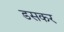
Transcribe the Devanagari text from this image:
डसकर